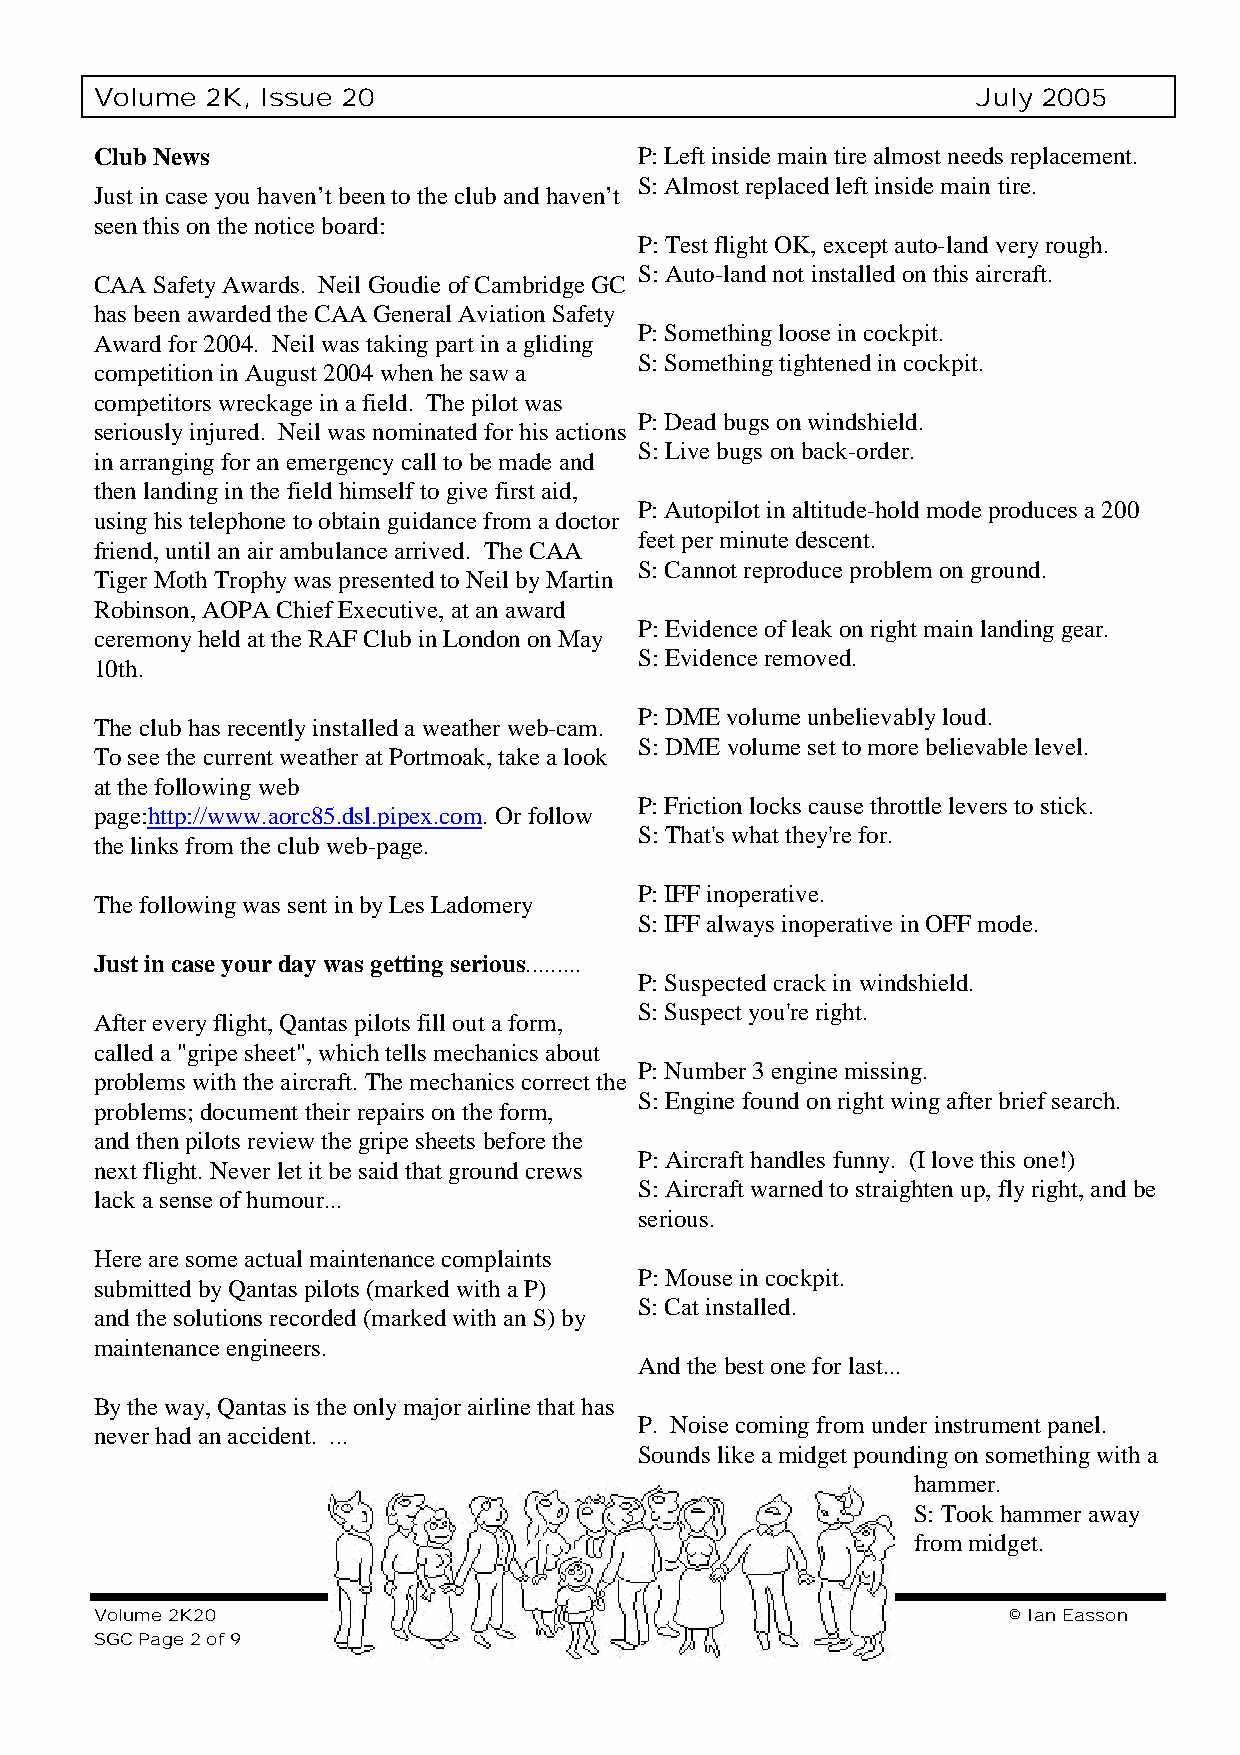
Volume  2K, Issue 20                                       July 2005
 Club News                           P: Left inside main tire almost needs replacement.
 S: Almost replaced left inside main tire.
 Just in case you haven’t been to the club and haven’t
 seen this on the notice board:
 P: Test flight OK, except auto-land very rough.
 S: Auto-land not installed on this aircraft.
 CAA Safety Awards. Neil Goudie of Cambridge GC
 has been awarded the CAA General Aviation Safety
 P: Something loose in cockpit.
 Award for 2004. Neil was taking part in a gliding
 S: Something tightened in cockpit.
 competition in August 2004 when he saw a
 competitors wreckage in a field. The pilot was
 P: Dead bugs on windshield.
 seriously injured. Neil was nominated for his actions
 S: Live bugs on back-order.
 in arranging for an emergency call to be made and
 then landing in the field himself to give first aid,
 P: Autopilot in altitude-hold mode produces a 200
 using his telephone to obtain guidance from a doctor
 feet per minute descent.
 friend, until an air ambulance arrived. The CAA
 S: Cannot reproduce problem on ground.
 Tiger Moth Trophy was presented to Neil by Martin
 Robinson, AOPA Chief Executive, at an award
 P: Evidence of leak on right main landing gear.
 ceremony held at the RAF Club in London on May
 S: Evidence removed.
 10th.
 P: DME volume unbelievably loud.
 The club has recently installed a weather web-cam.
 S: DME volume set to more believable level.
 To see the current weather at Portmoak, take a look
 at the following web
 P: Friction locks cause throttle levers to stick.
 page:http://www.aorc85.dsl.pipex.com. Or follow
 S: That's what they're for.
 the links from the club web-page.
 P: IFF inoperative.
 The following was sent in by Les Ladomery
 S: IFF always inoperative in OFF mode.
 Just in case your day was getting serious.........
 P: Suspected crack in windshield.
 S: Suspect you're right.
 After every flight, Qantas pilots fill out a form,
 called a "gripe sheet", which tells mechanics about
 P: Number 3 engine missing.
 problems with the aircraft. The mechanics correct the
 S: Engine found on right wing after brief search.
 problems; document their repairs on the form,
 and then pilots review the gripe sheets before the
 P: Aircraft handles funny. (I love this one!)
 next flight. Never let it be said that ground crews
 S: Aircraft warned to straighten up, fly right, and be
 lack a sense of humour...
 serious.
 Here are some actual maintenance complaints
 P: Mouse in cockpit.
 submitted by Qantas pilots (marked with a P)
 S: Cat installed.
 and the solutions recorded (marked with an S) by
 maintenance engineers.
 And the best one for last...
 By the way, Qantas is the only major airline that has
 P. Noise coming from under instrument panel.
 never had an accident. ...
 Sounds like a midget pounding on something with a
 hammer.
 S: Took hammer away
 from midget.
 Volume 2K20                                                  © Ian Easson
 SGC Page 2 of 9